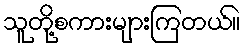
သူတို့စကားများကြတယ်။